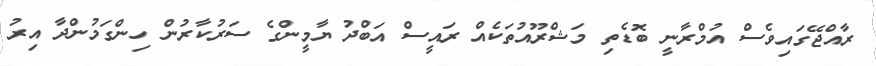
ރާއްޖޭގައިވެސް އުމްރާނީ ބޮޑެތި މަޝްރޫއުތަކެއް ރައީސް އަބްދު ޔާމީންގެ ސަރުކާރުން ހިންގަމުންދާ އިރު